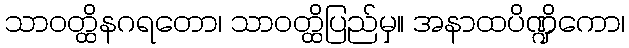
သာဝတ္ထိနဂရတော၊ သာဝတ္ထိပြည်မှ။ အနာထပိဏ္ဍိကော၊